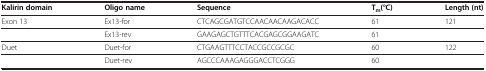
| Kalirin domain | Oligo name | Sequence | Tm(°C) | Length (nt) |
 | --- | --- | --- | --- | --- |
 | Exon 13 | Ex13-for | CTCAGCGATGTCCAACAACAAGACACC | 61 | 121 |
 |  | Ex13-rev | GAAGAGCTGTTTCACGAGCGGAAGATC | 61 |  |
 | Duet | Duet-for | CTGAAGTTTCCTACCGCCGCGC | 60 | 122 |
 |  | Duet-rev | AGCCCAAAGAGGGACCTCGGG | 60 |  |